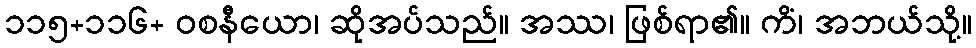
၁၁၅+၁၁၆+ ဝစနီယော၊ ဆိုအပ်သည်။ အဿ၊ ဖြစ်ရာ၏။ ကိံ၊ အဘယ်သို့။